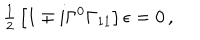
{ \textstyle \frac { 1 } { 2 } } \left[ 1 \mp i \Gamma ^ { 0 } \Gamma _ { 1 1 } \right] \epsilon = 0 \, ,